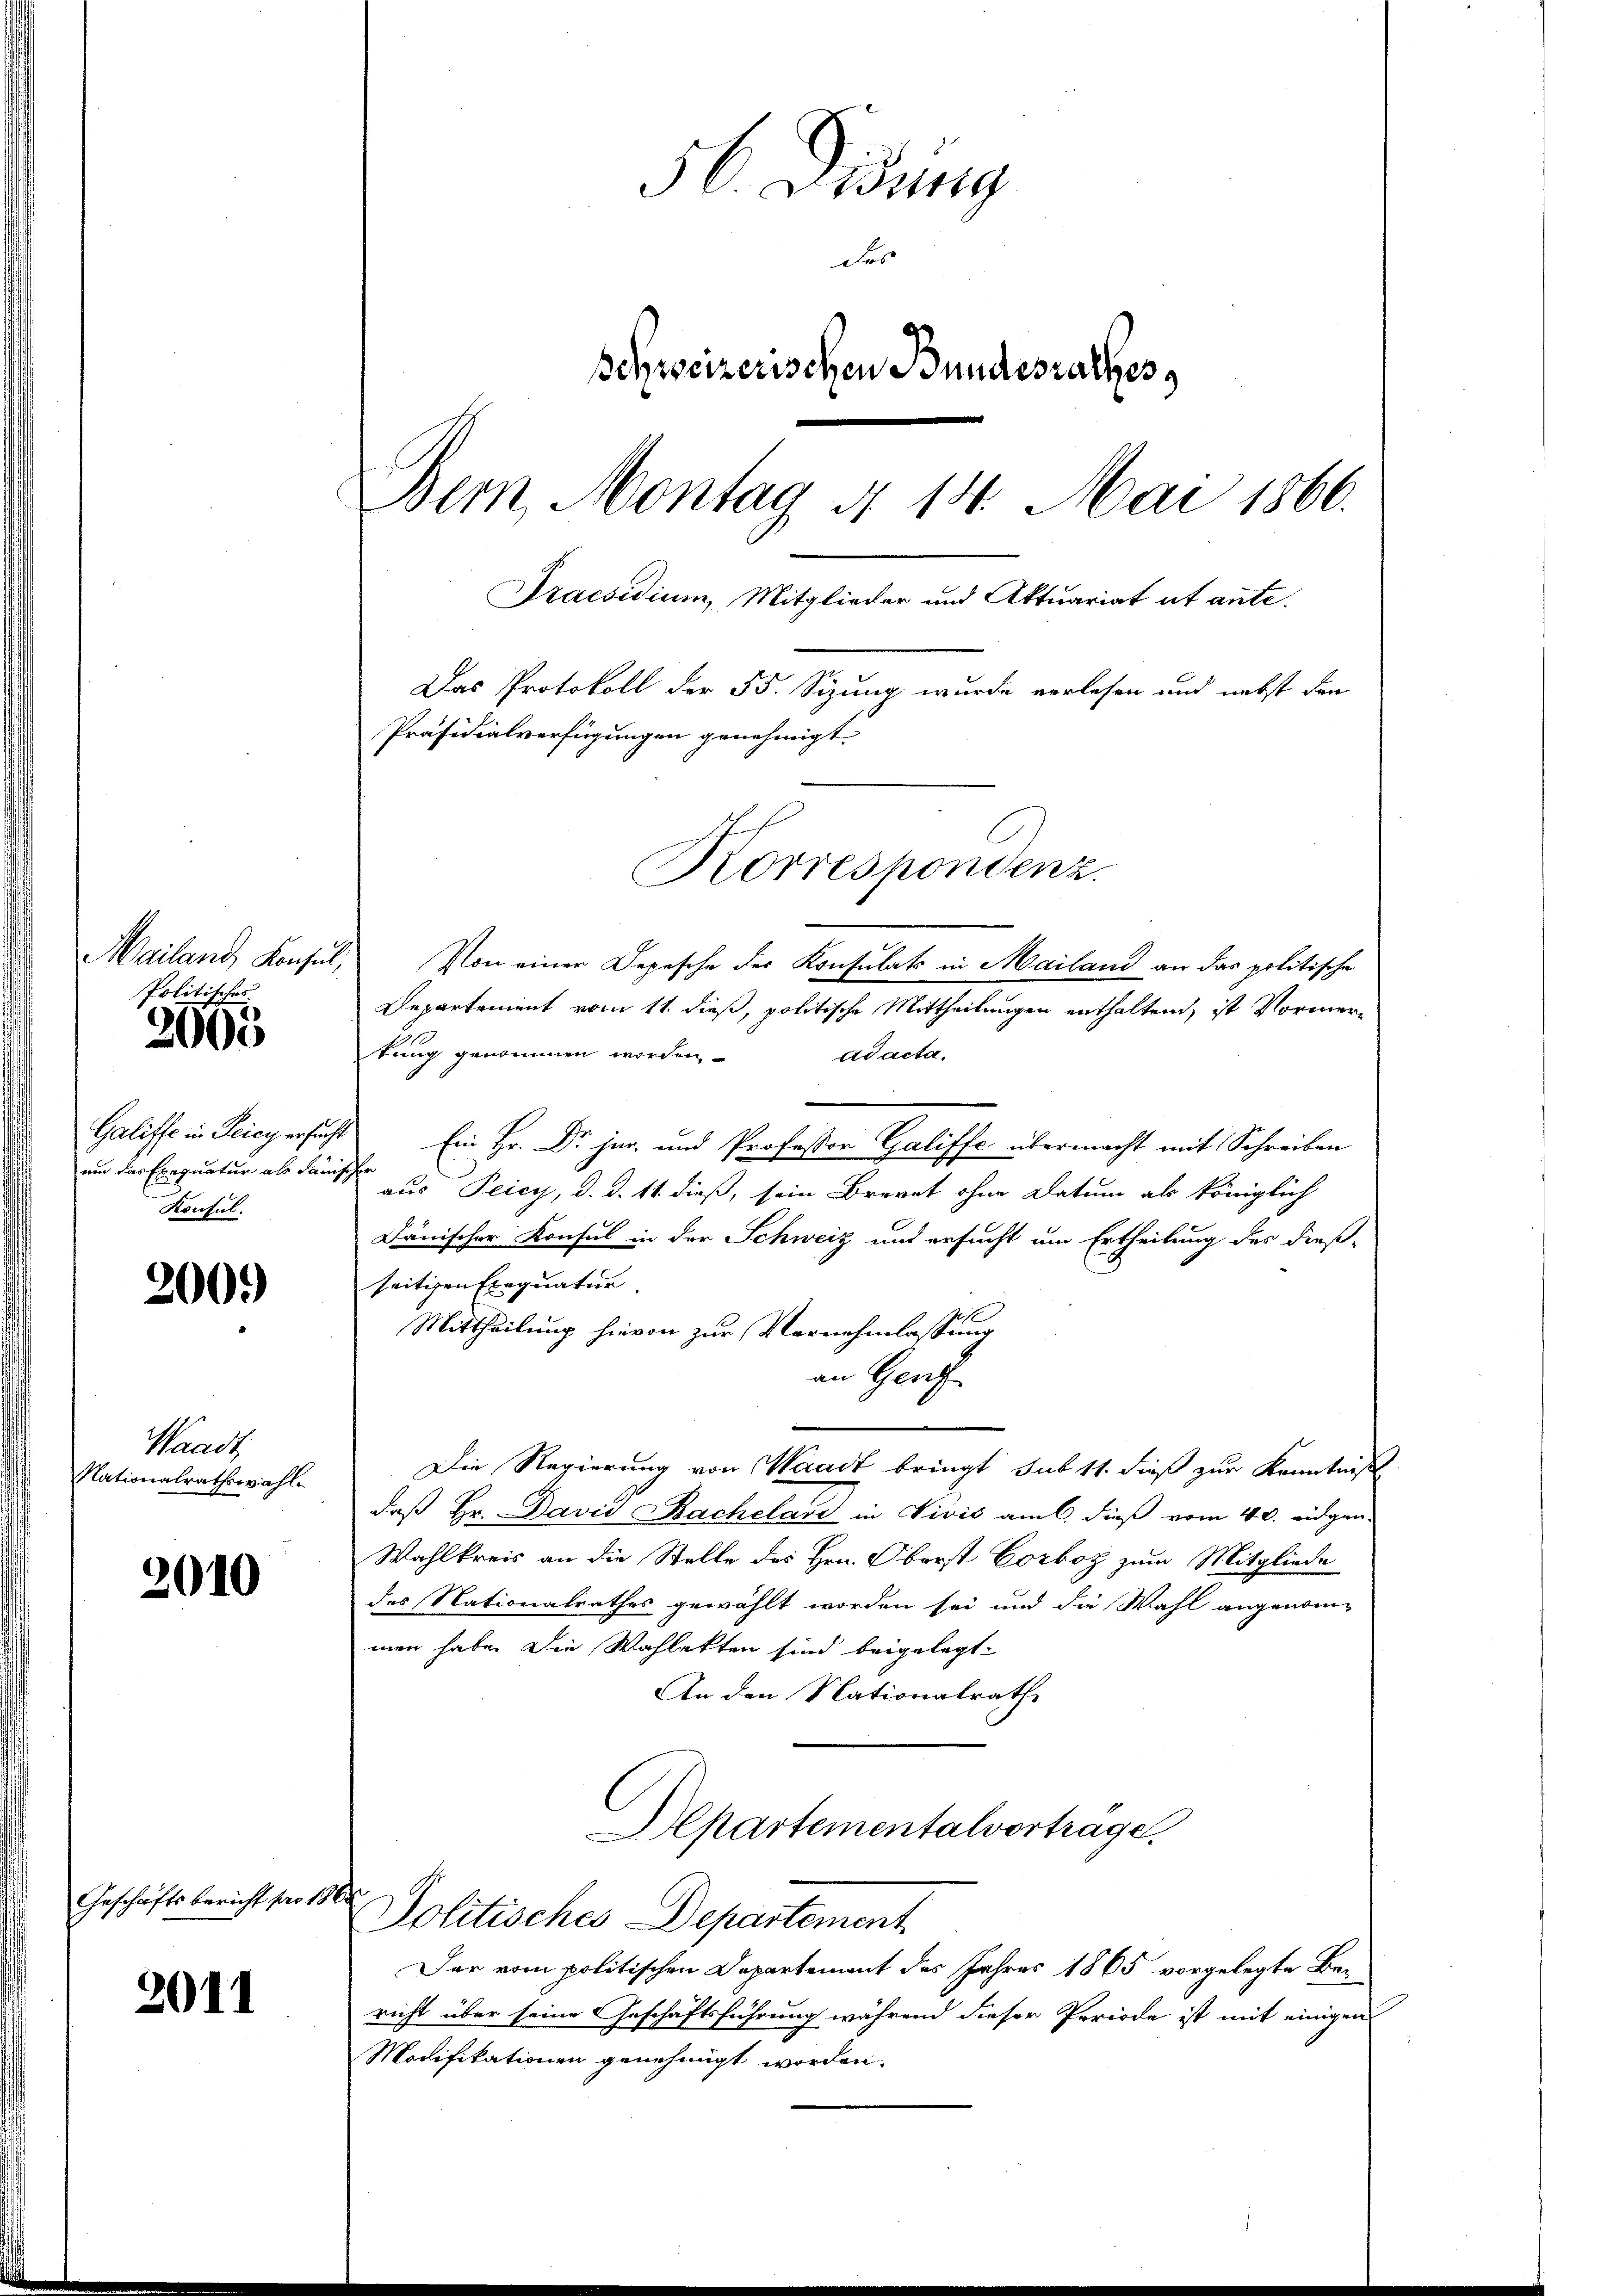
Politisches

2005

um das Exequatur als danischer
Konsul.

200)

Waadt,
Nationalrathswahl.

2010

Geschäftsbericht pro 18

2011

Mailand, Konsŭl, Von einer Depesche der Konsulats in Mailand an das politische
Departement vom 11. dieß, politische Mittheilungen enthaltend, ist Vormertung genommen worden,
ad acta.
Galiffe in Teich ersicht Ein Hr. Dr. jur. und Professor Galiffe übermacht mit Schreiben
aus Peicy, d. d. 11. dieß, sein Brevet ohne Datum als königlich
Dänischer Konsul in der Schweiz und ersucht um Ertheilung des dieß-
seitigen Exequatur.
Mittheilung hievon zur Vernehmlassung
an Genf
Die Regierung von Waadt bringt sub 11. dieß zur Kenntniß
daß Hr. David Bachelare in Vivić am 6. dieß vom 4. d. eidgen.
Wahlkreis an die Stelle des Hrn. Oberst Corboz zum Mitgliede
des Nationalrathes gewählt worden sei und die Wahl angenom-
men habe. Die Wahlakten sind beigelegt.
An den Nationalrath
Departementalvertrage.
.
Politisches Departement
Der vom politischen Departement des Jahres 1865 vorgelegte Bericht über seine Geschäftsführung während dieser Periode ist mit einigen
Modifikationen genehmigt worden.

56. Didung
des
schweizerischen Bundesrathes
Bern, Montag 4. 14. Mai 1866.
Praesidium, Mitglieder und Aktuariat et ante.
Das Protokoll der 55. Sizung wurde verlesen und nebst den
Präsidialverfügungen genehmigt.
Korrespondenz.